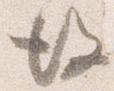
後